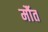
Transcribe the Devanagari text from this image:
र्मौत